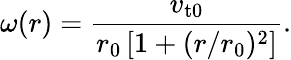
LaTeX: \omega(r)=\frac{v_{\mathrm{t0}}}{r_{0}\left[1+(r/r_{0})^{2}\right]}.